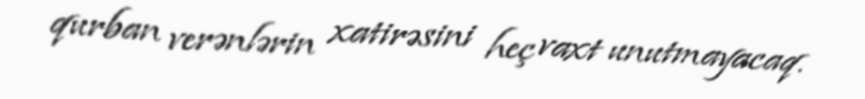
qurban verənlərin xatirəsini heç vaxt unutmayacaq.